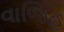
વાજિહ